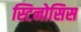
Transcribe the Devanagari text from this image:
स्टिनोसिस